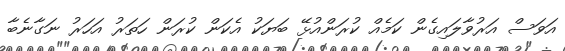
އަވަސް އަރުވާލައިގެން ކަމެއް ކުރަންއުޅޭ ބަޔަކު އެކަން ކުރަން ހަތަރު އަހަރު ނަގާނެބާ